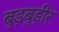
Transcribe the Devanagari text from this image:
बुड़बुड़ीर